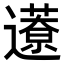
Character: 𨘎